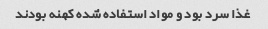
غذا سرد بود و مواد استفاده شده کهنه بودند